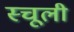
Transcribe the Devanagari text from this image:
स्चूली